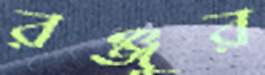
রঞ্জুর